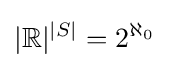
|\mathbb {R} |^{|S|}=2^{\aleph _{0}}